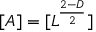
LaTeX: [ A ] = [ L ^ { \frac { 2 - D } { 2 } } ]